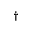
^ \dag